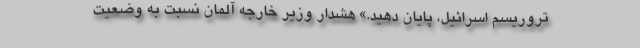
تروریسم اسرائیل، پایان دهید.» هشدار وزیر خارجه آلمان نسبت به وضعیت